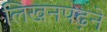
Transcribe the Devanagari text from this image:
लिखनपढ़ने